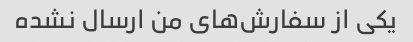
یکی از سفارش‌های من ارسال نشده